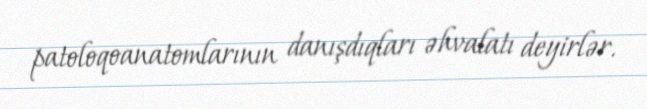
patoloqoanatomlarının danışdıqları əhvalatı deyirlər.